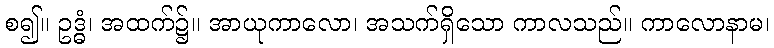
စ၍။ ဥဒ္ဓံ၊ အထက်၌။ အာယုကာလော၊ အသက်ရှိသော ကာလသည်။ ကာလောနာမ၊